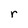
Character: r